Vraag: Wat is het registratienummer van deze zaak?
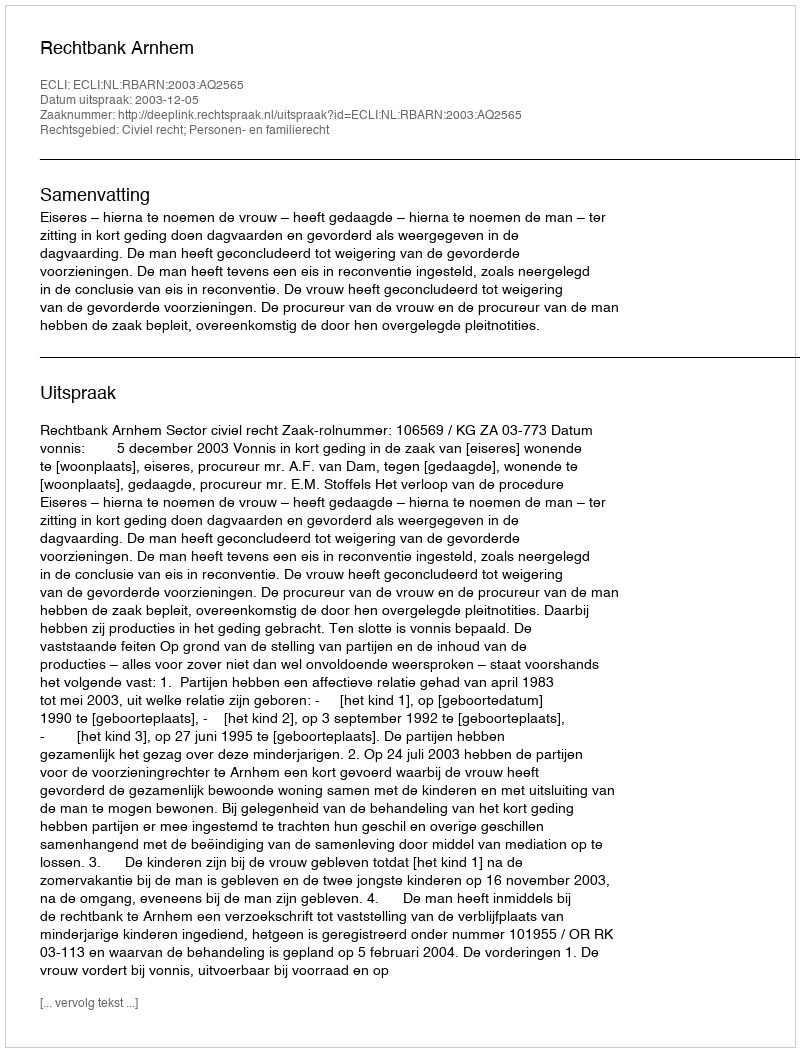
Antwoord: http://deeplink.rechtspraak.nl/uitspraak?id=ECLI:NL:RBARN:2003:AQ2565